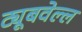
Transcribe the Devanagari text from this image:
ट्यूबवेल्ल